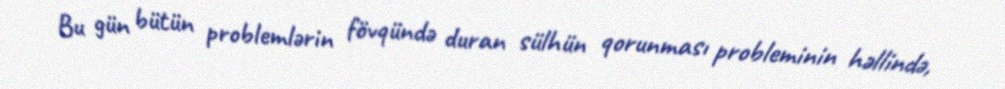
Bu gün bütün problemlərin fövqündə duran sülhün qorunması probleminin həllində,